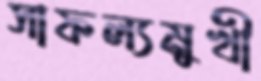
সাফল্যমুখী